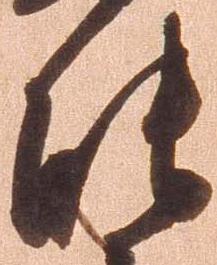
能